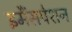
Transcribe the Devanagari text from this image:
इमैंसपेशन